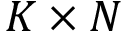
K \times N